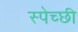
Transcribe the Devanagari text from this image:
स्पेच्छी